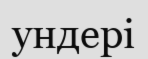
ундері